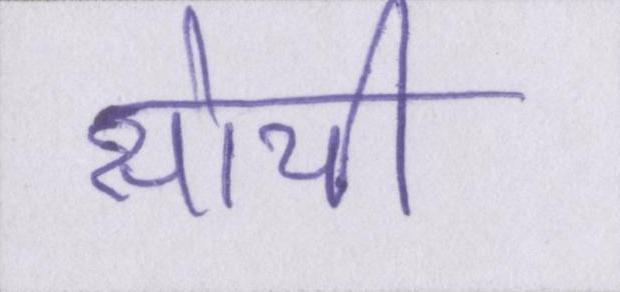
सोची